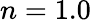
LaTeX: n=1.0